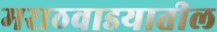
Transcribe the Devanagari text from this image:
मराठवाडयातील